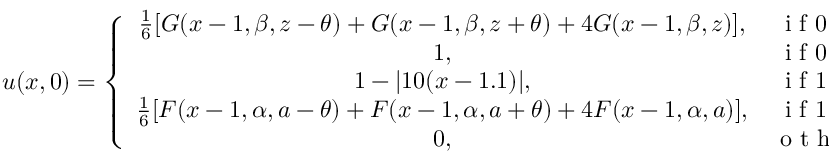
u ( x , 0 ) = \left\{ \begin{array} { c c } { \frac { 1 } { 6 } [ G ( x - 1 , \beta , z - \theta ) + G ( x - 1 , \beta , z + \theta ) + 4 G ( x - 1 , \beta , z ) ] , } & { \mathrm { ~ i ~ f ~ } 0 . 2 \leq x < 0 . 4 , } \\ { 1 , } & { \mathrm { ~ i ~ f ~ } 0 . 6 \leq x \leq 0 . 8 , } \\ { 1 - | 1 0 ( x - 1 . 1 ) | , } & { \mathrm { ~ i ~ f ~ } 1 . 0 \leq x \leq 1 . 2 , } \\ { \frac { 1 } { 6 } [ F ( x - 1 , \alpha , a - \theta ) + F ( x - 1 , \alpha , a + \theta ) + 4 F ( x - 1 , \alpha , a ) ] , } & { \mathrm { ~ i ~ f ~ } 1 . 4 \leq x < 1 . 6 , } \\ { 0 , } & { \mathrm { ~ o ~ t ~ h ~ e ~ r ~ w ~ i ~ s ~ e ~ , ~ } } \end{array} \right.